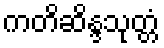
ကတိဆိန္ဒသုတ္တံ